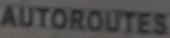
AUTOROUTES